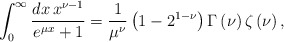
\begin{align*}\int_0^\infty\frac{dx\,x^{\nu-1}}{e^{\mu x}+1}=\frac{1}{\mu^\nu}\left(1-2^{1-\nu}\right)\Gamma\left(\nu\right)\zeta\left(\nu\right),\end{align*}